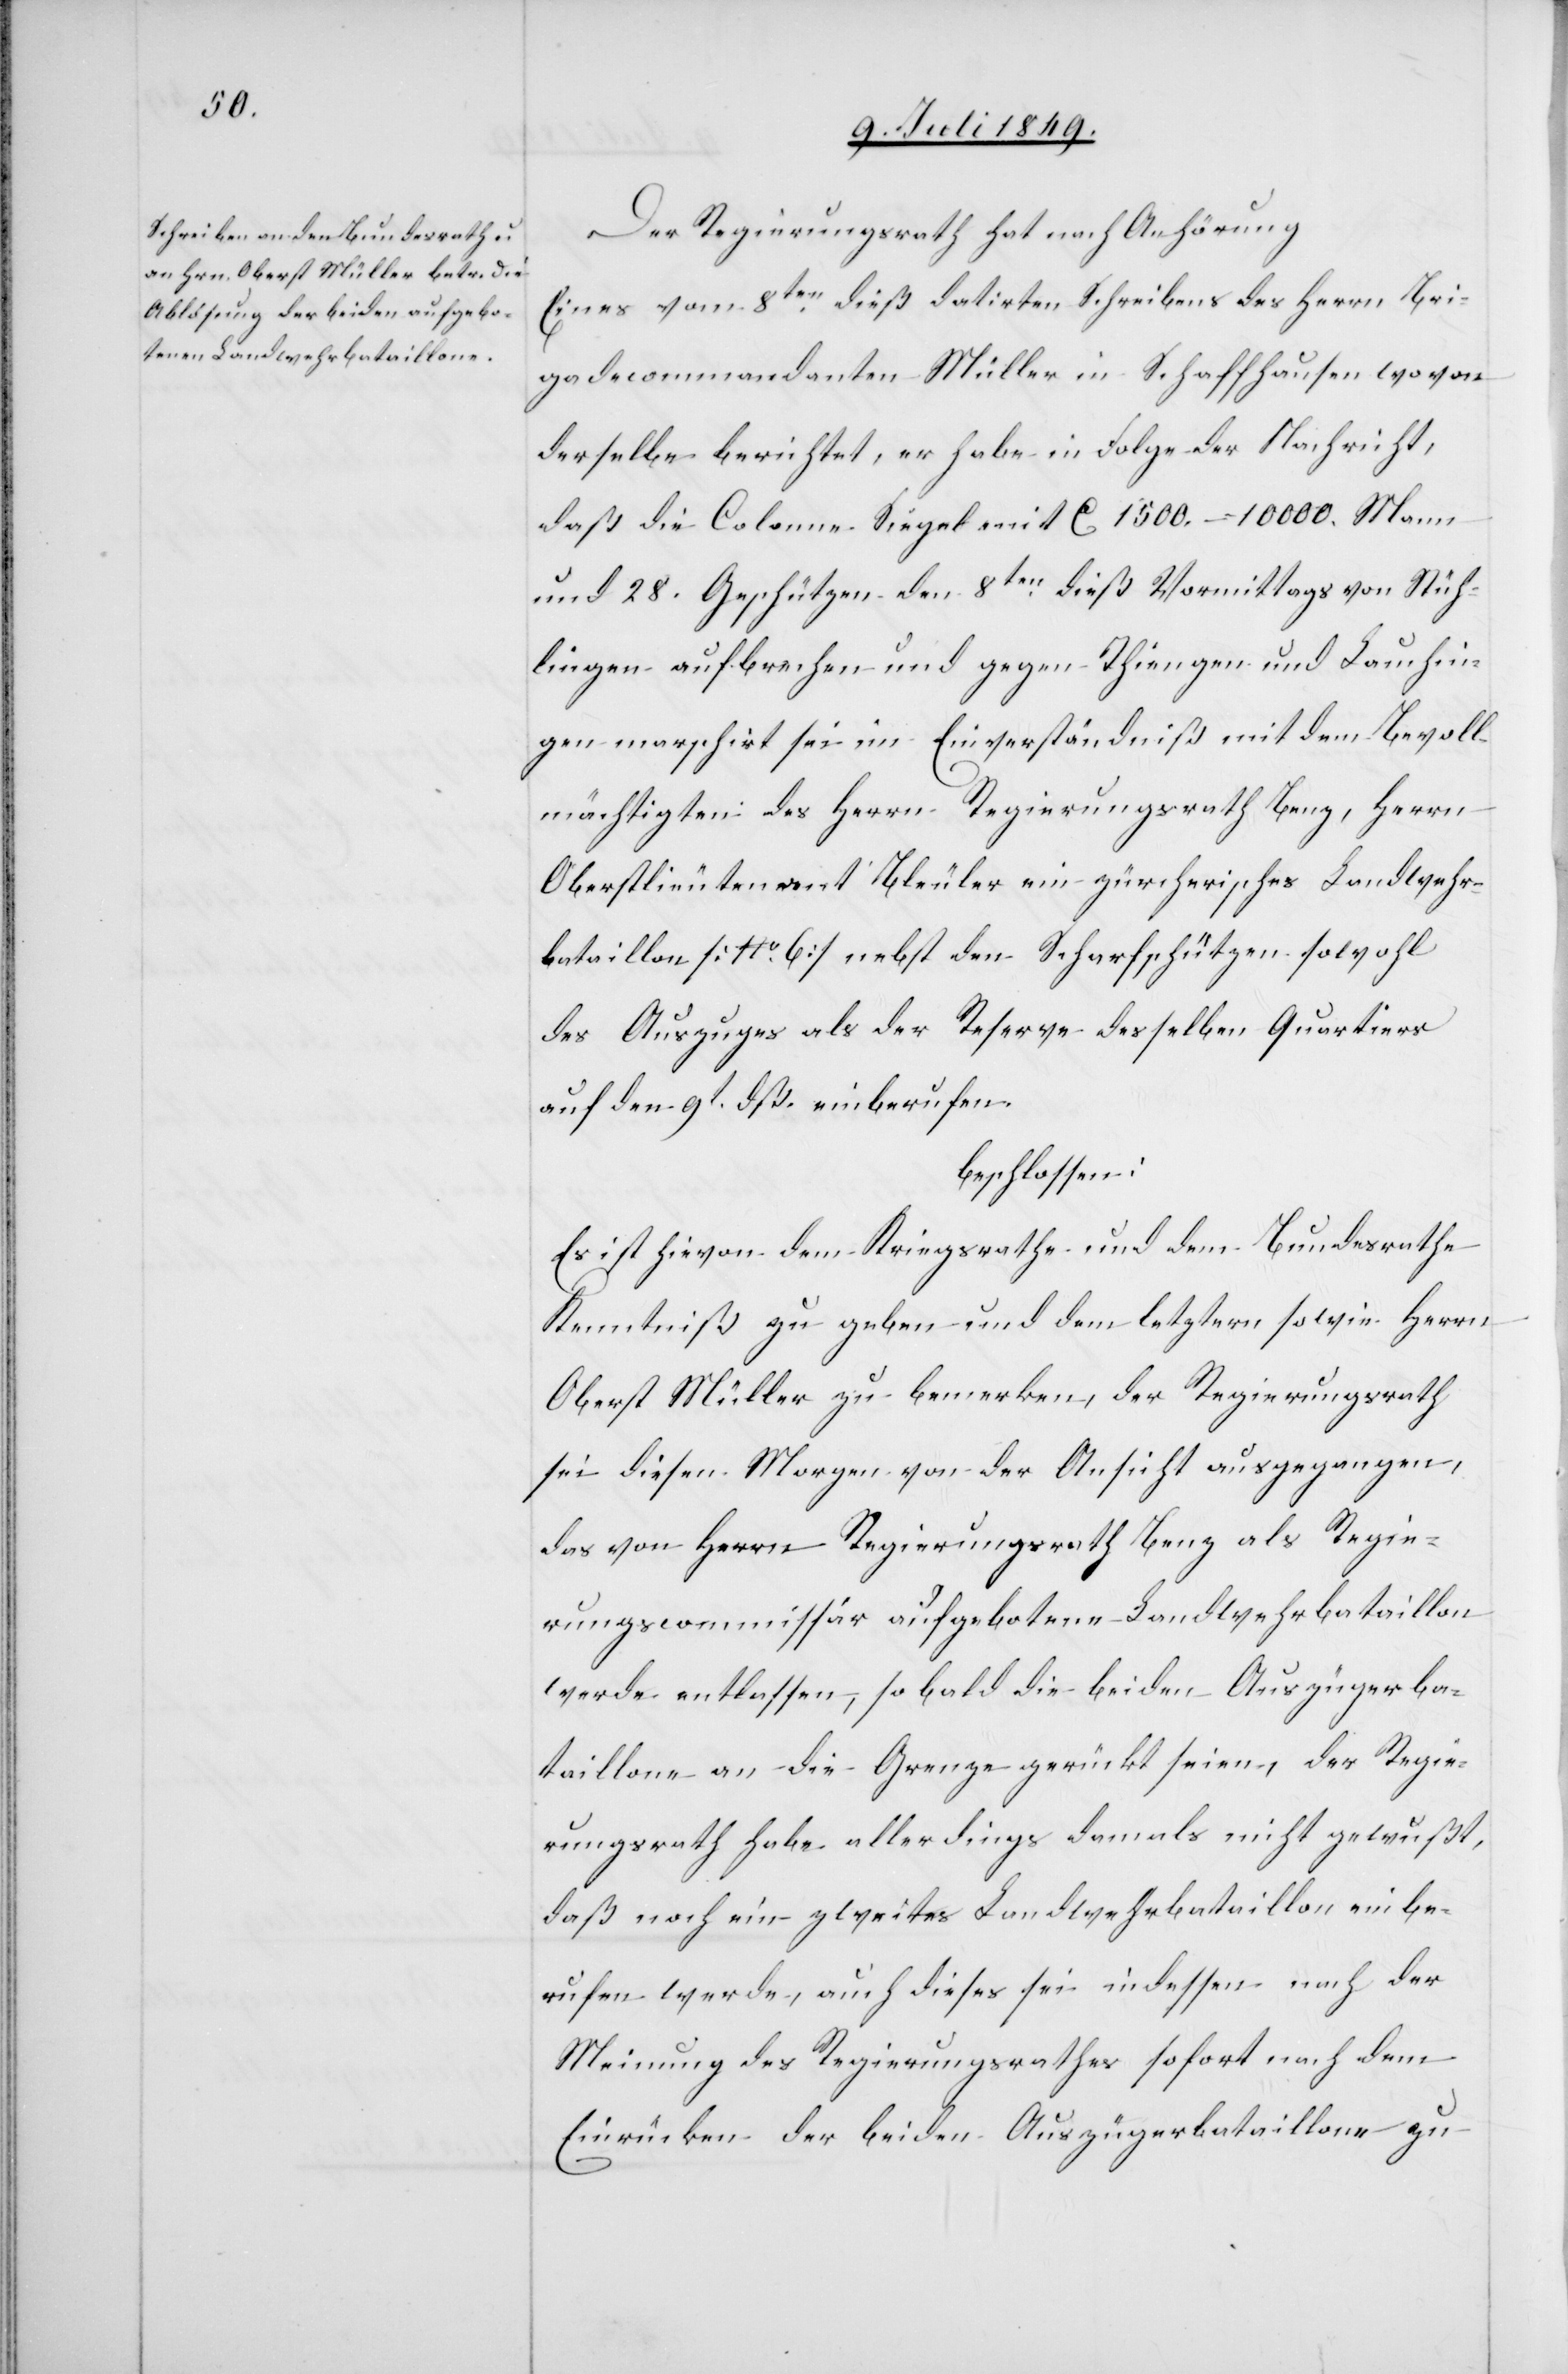
Der Regierungsrath hat nach Anhörung
Eines vom 8ten dieß datirten Schreibens des Herrn Bri¬
gadecommandanten Müller in Schaffhausen wovon
derselbe berichtet, er habe in Folge der Nachricht,
daß die Colonne Siegel mit ca 1500.–10 000. Mann
und 28. Geschützen den 8ten dieß Vormittags von Stüh¬
lingen aufbrechen und gegen Thiengen und Lauchin¬
gen marschirt sei im Einverständniß mit dem Bevoll¬
mächtigten des Herrn Regierungsrath Benz, Herrn
Oberstlieutenant Bleuler ein zürcherisches Landwehr¬
bataillon [No. 6] nebst den Scharfschützen sowohl
des Auszuges als der Reserve desselben Quartiers
auf den 9t einberufen.
beschlossen:
Es ist hievon dem Kriegsrathe und dem Bundesrathe
Kenntniß zu geben und dem letztern sowie Herrn
Oberst Müller zu bemerken, der Regierungsrath
sei diesen Morgen von der Ansicht ausgegangen,
das von Herrn Regierungsrath Benz als Regie¬
rungscommissär aufgebotene Landwehrbataillon
werde entlassen, so bald die beiden Auszügerba¬
taillone an die Grenze gerückt seien, der Regie¬
rungsrath habe allerdings damals nicht gewußt,
daß noch ein zweites Landwehrbataillon einbe¬
rufen werde, auch dieses sei indessen nach der
Meinung des Regierungsrathes sofort nachdem
Einrücken der beiden Auszügerbataillone zu